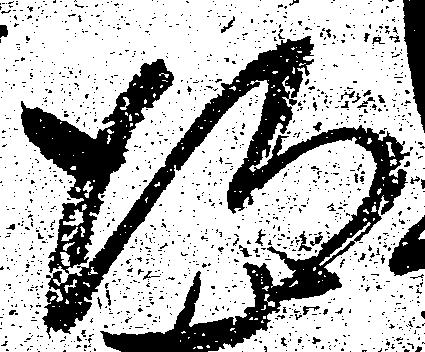
得